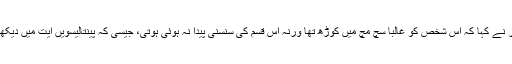
ایک تبصرہ نگار نے کہا کہ اِس شخص کو غالباً سچ مچ میں کوڑھ تھا ورنہ اِس قسم کی سنسنی پیدا نہ ہوئی ہوتی، جیسی کہ پینتالیسویں آیت میں دیکھی جا سکتی ہے۔